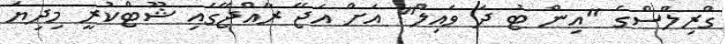
ގްރިލްސްގެ "އިން ޓު ދަ ވައިލް" އަށް އަޖޭ ރާއްޖޭގައި ޝޫޓްކުރީ މިދިޔަ